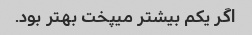
اگر یکم بیشتر میپخت بهتر بود.